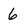
Character: 6